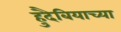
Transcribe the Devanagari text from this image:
हुदैबियाच्या